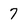
Character: 7